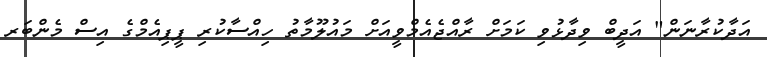
އަދާކުރާނަން" އަދީބް ވިދާޅުވި ކަމަށް ރާއްޖެއެމްވީއަށް މައުލޫމާތު ހިއްސާކުރި ޕީޕިއެމްގެ އިސް މެންބަރ